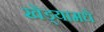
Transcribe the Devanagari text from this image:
खेड्यामधे